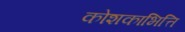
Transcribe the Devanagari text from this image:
कोशकाभित्ति